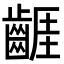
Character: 𪘬